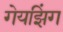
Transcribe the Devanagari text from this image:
गेयझिंग